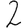
Digit: 2